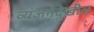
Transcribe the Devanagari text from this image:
व्यंजनेदेखील